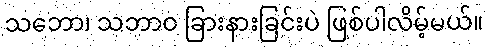
သဘော၊ သဘာဝ ခြားနားခြင်းပဲ ဖြစ်ပါလိမ့်မယ်။